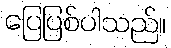
ပြေပြစ်ပါသည်။